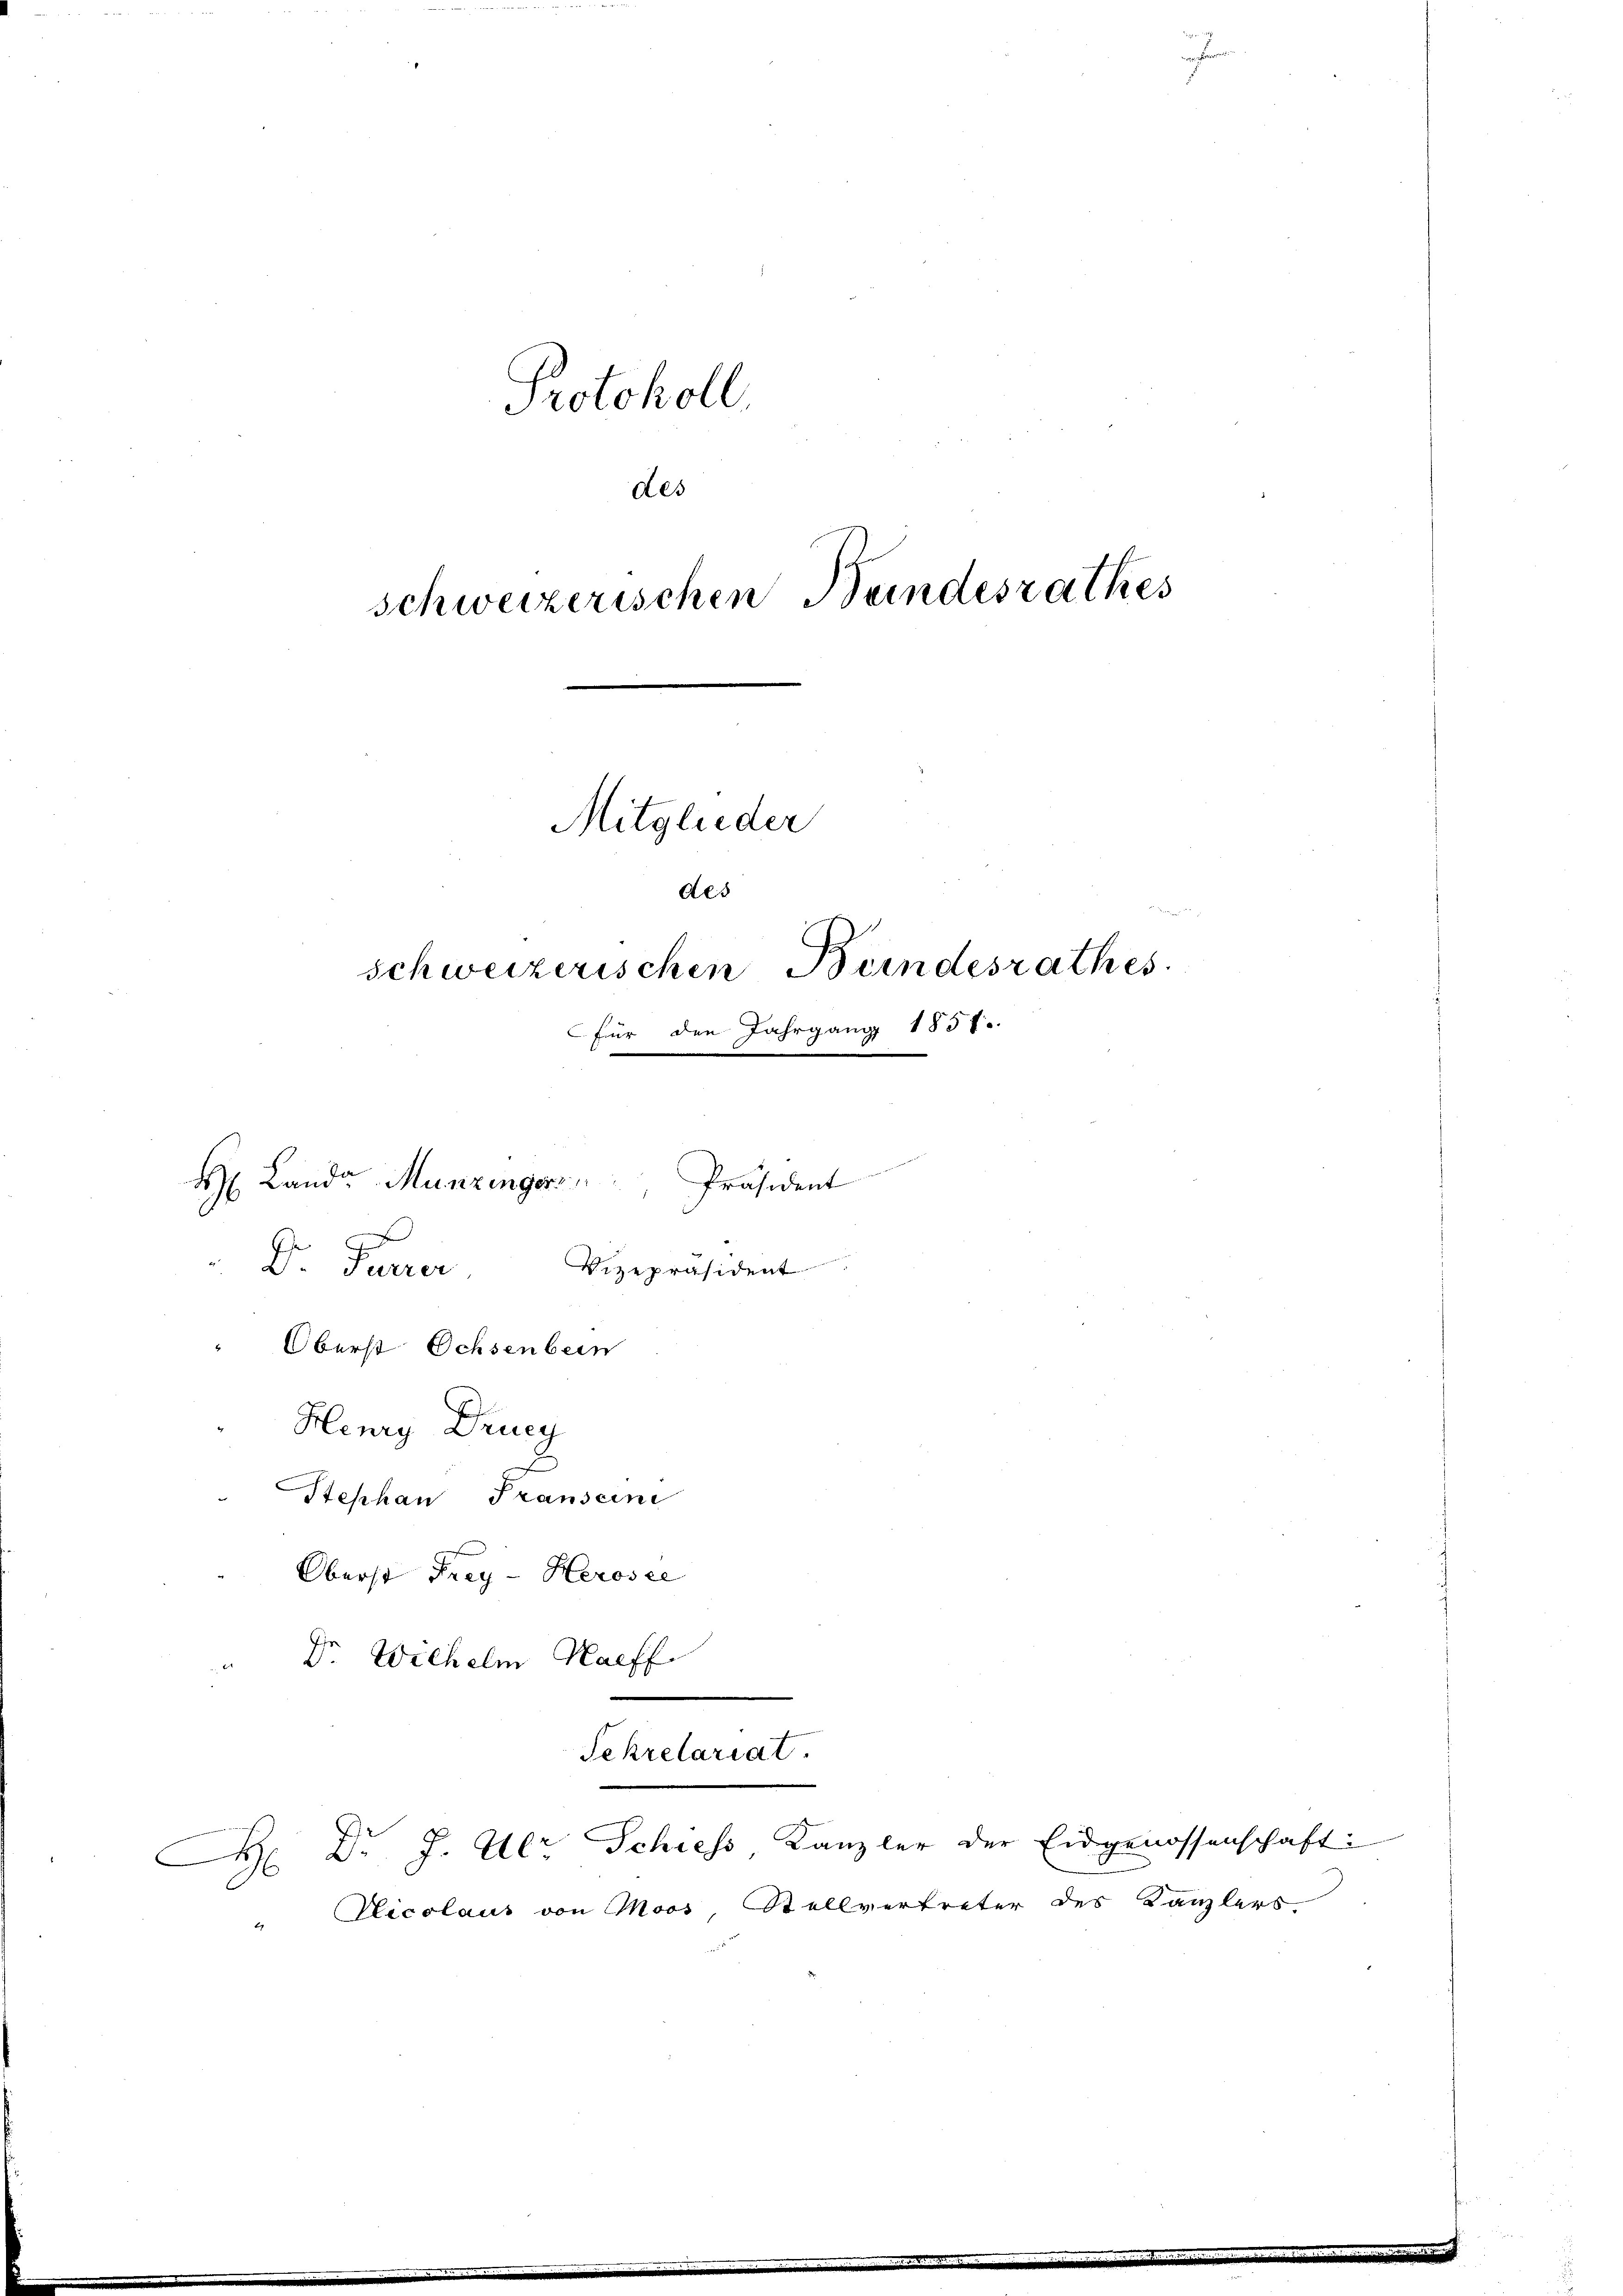
Protokoll
des
schweizerischen Beindesrathes
Mitglieder
des
Schweizerischen Bundesrathes
für den Jahrgang 1857.
 Landa Munzingers
Präsident
Dr. Parrer. Vizepräsident
Oberst Ochsenbein
Henry Druc
Stephan Transeine
Oberst Frey- Herosee
Dr. Wilhelm Haeff

Sekretariat

H: Dr J. Ulr Schiess Kanzler der Eidgenossenschaft:
.
C
Nicolaus von Moos, Stellvertrete

r des Kanzlers